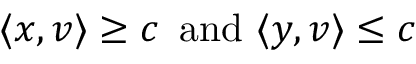
\langle x , v \rangle \geq c \, { \mathrm { ~ a n d ~ } } \langle y , v \rangle \leq c